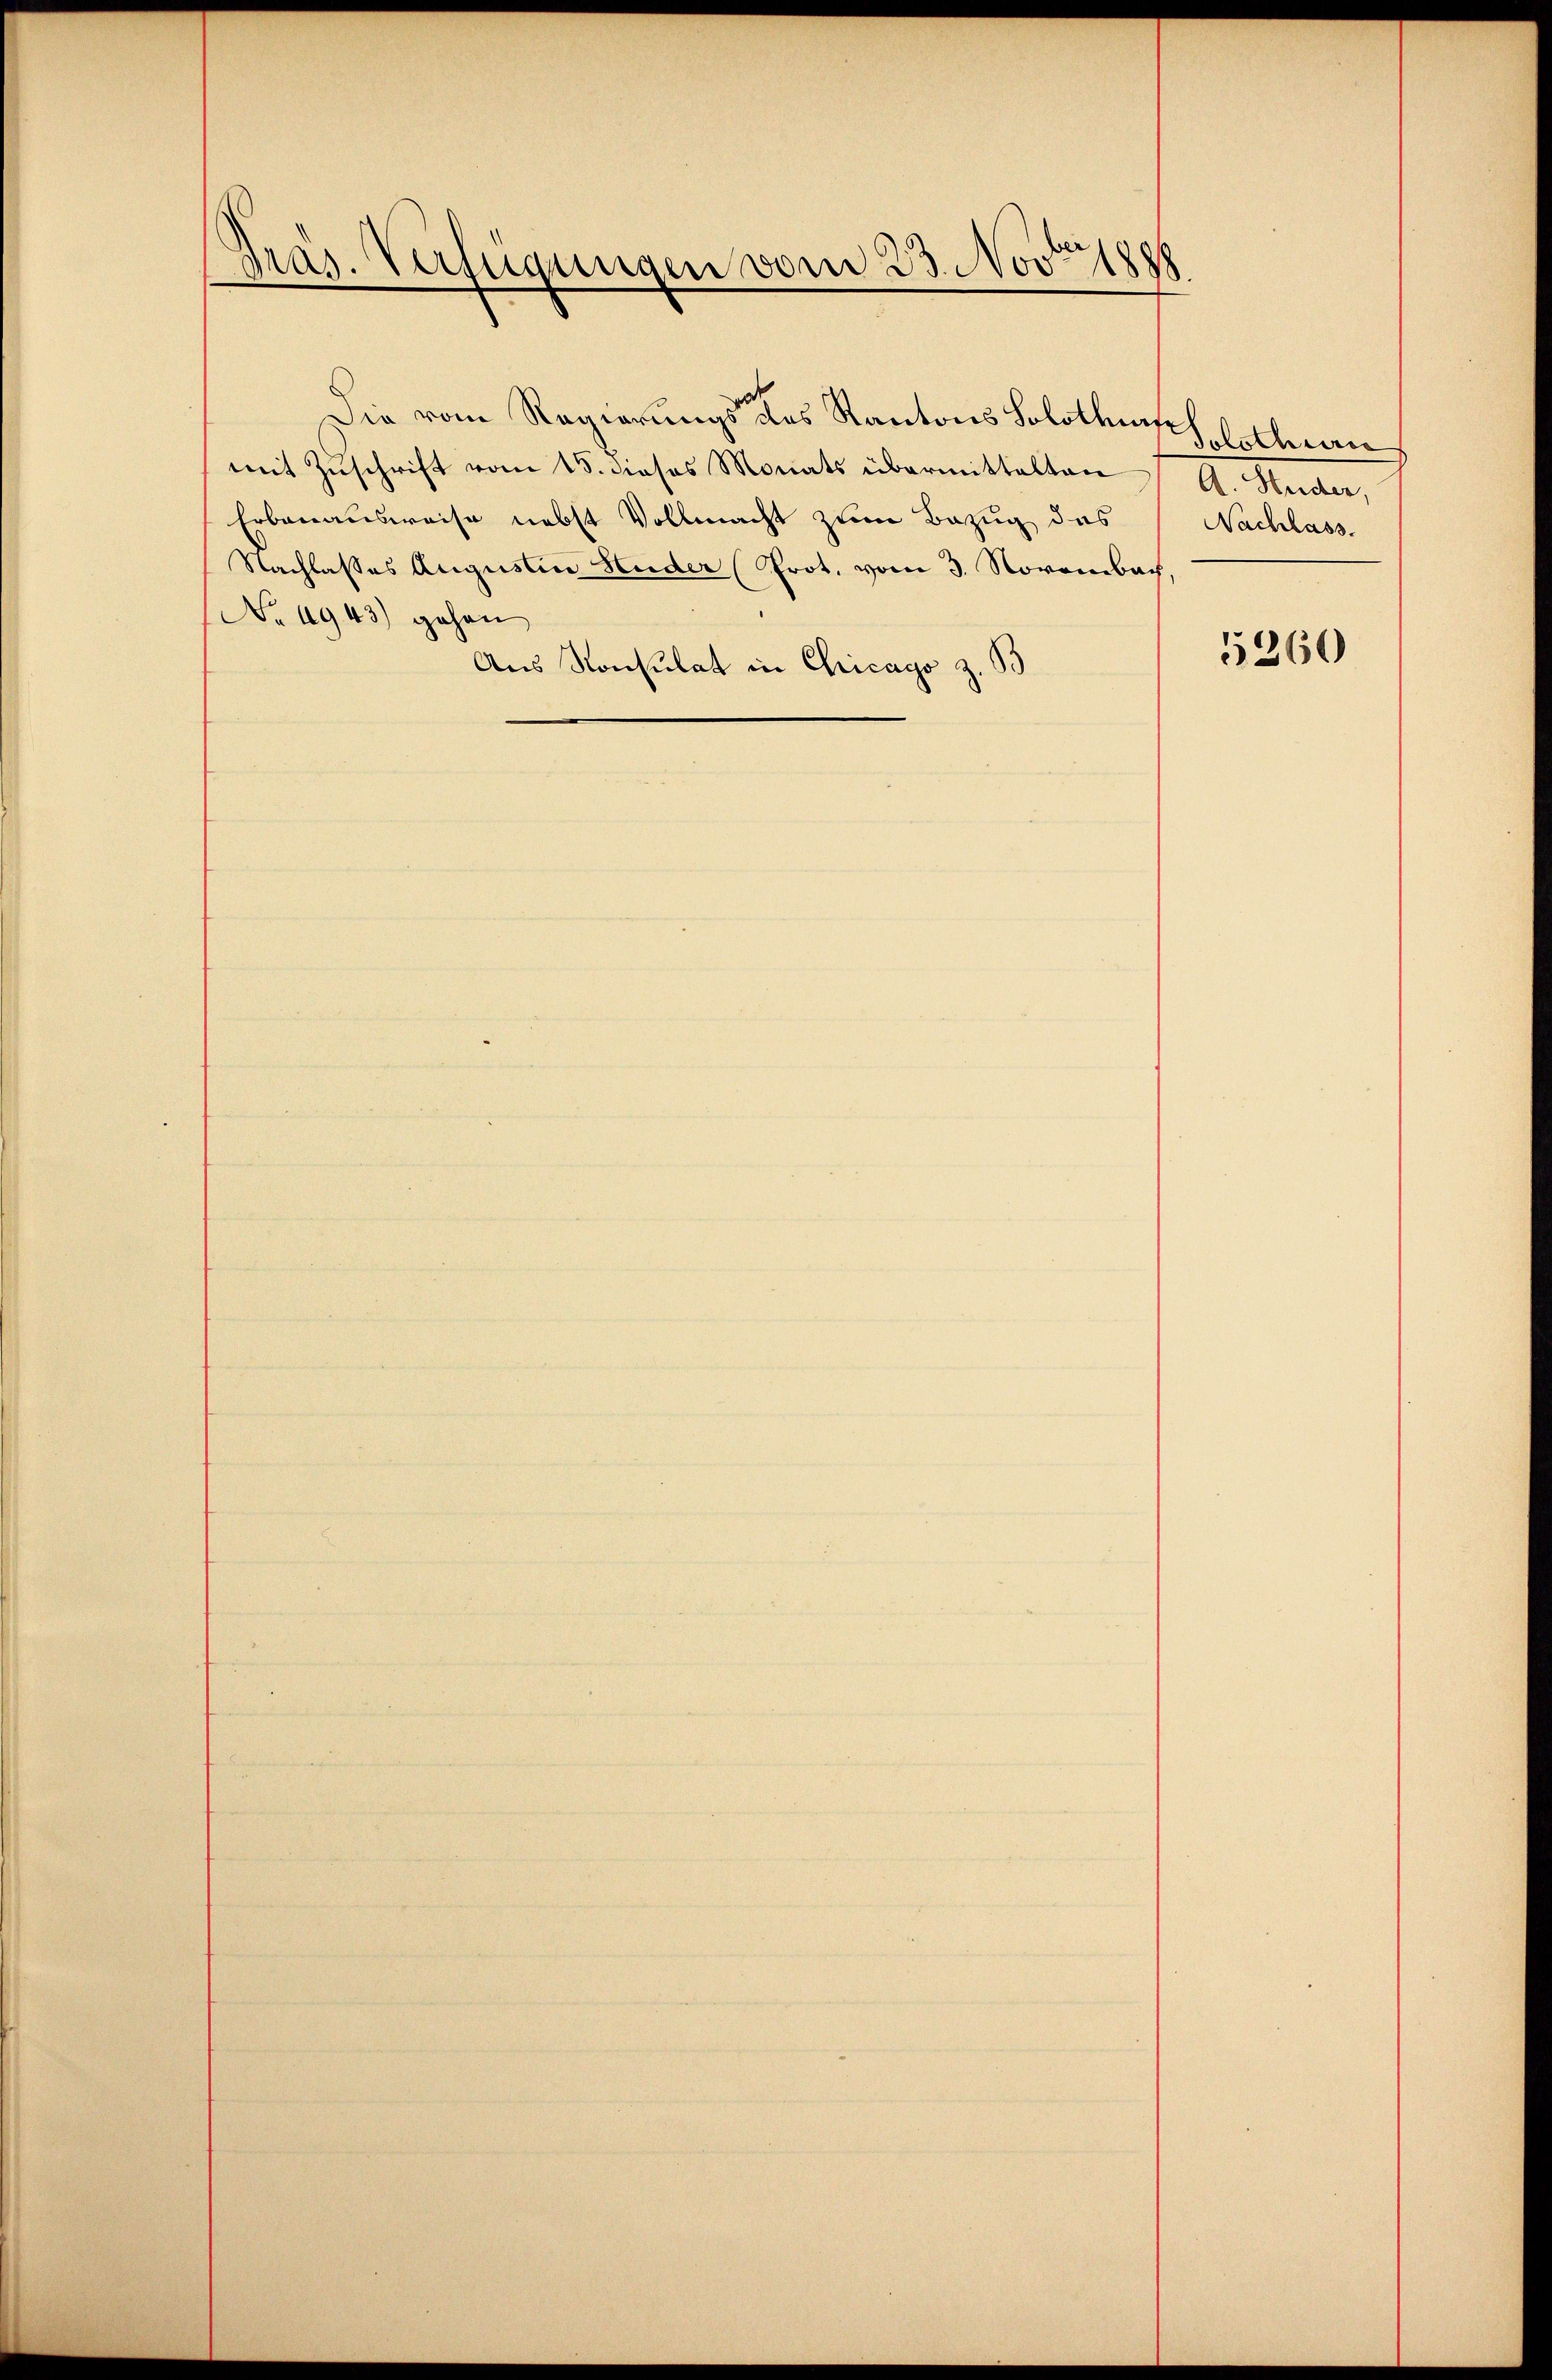
Präs. Verfügungen vom 23. Nov. 1888

Die vom Regierungs des Kantons Solothur Solothurn
mit Zŭschrift vom 15. dieses Monats übermittelten
Erbanausweise nebst Vollmacht zum Bezug des
Nachlasses Augustin Huder (Prot. vom 3. Novembach.
No 4943) gehen
Aus Konsulat in Chicago z. B

A. Huder,
Nachlass.

5260